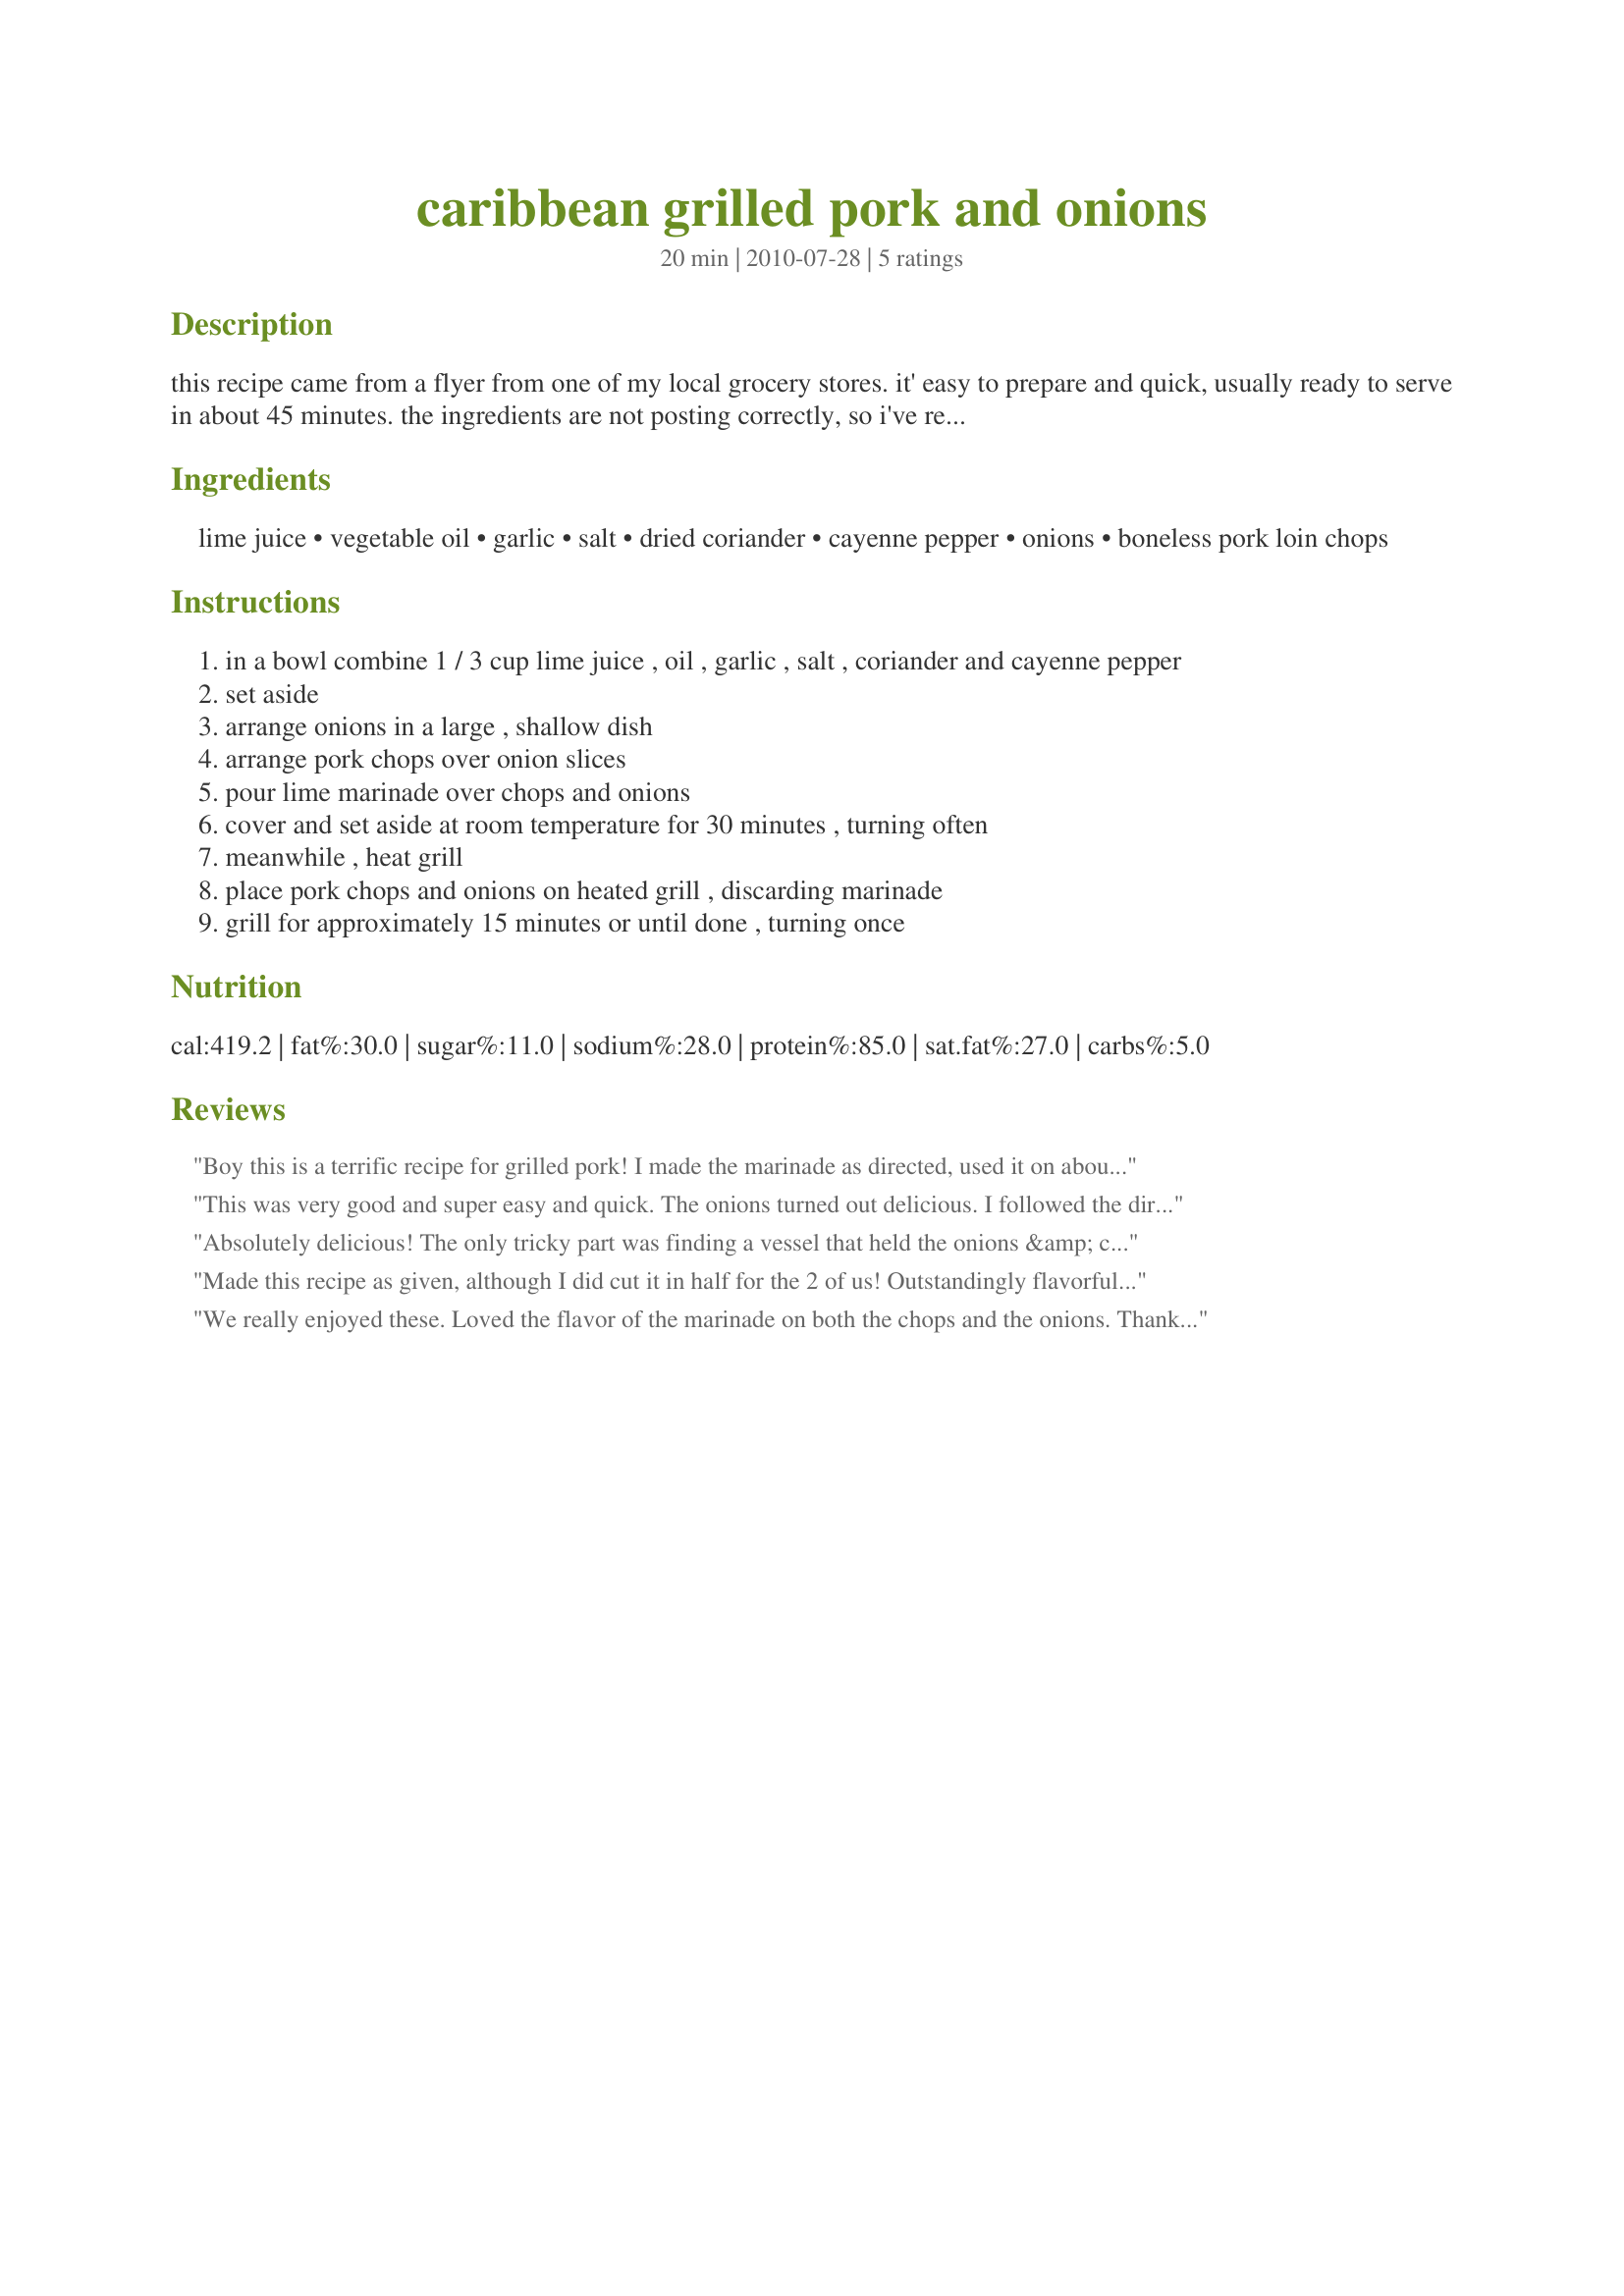
caribbean grilled pork and onions
Preparation time: 20 minutes

this recipe came from a flyer from one of my local grocery stores. it' easy to prepare and quick, usually ready to serve in about 45 minutes. the ingredients are not posting correctly, so i've repeated a few measurements in the instructions for clarification.

Ingredients:
lime juice, vegetable oil, garlic, salt, dried coriander, cayenne pepper, onions, boneless pork loin chops

Steps:
in a bowl combine 1 / 3 cup lime juice , oil , garlic , salt , coriander and cayenne pepper
set aside
arrange onions in a large , shallow dish
arrange pork chops over onion slices
pour lime marinade over chops and onions
cover and set aside at room temperature for 30 minutes , turning often
meanwhile , heat grill
place pork chops and onions on heated grill , discarding marinade
grill for approximately 15 minutes or until done , turning once

Reviews:
Boy this is a terrific recipe for grilled pork! I made the marinade as directed, used it on about 3/4" thick boneless chops, and marinated for about 45 minutes. This was not spicy at all; the cayenne added a wonderful flavor but not too much heat. Chops turned out juicy and delicious - thanks for sharing the recipe!
This was very good and super easy and quick. The onions turned out delicious. I followed the directions exactly. I thought the pork had good flavor, but was maybe a little bland. Next time I will make a second portion of the marinade and use it to make a glaze to drizzle on after cooking. I might also add a little more coriander and cayenne. Thanks for sharing!
Absolutely delicious! The only tricky part was finding a vessel that held the onions &amp; chops so that the marinade would cover. I managed. ;) I served this with recipe#393239 which went wonderfully. Made for ZWT9, Mike &amp; the Appliance Killers
Made this recipe as given, although I did cut it in half for the 2 of us! Outstandingly flavorful chops, these, & I look forward to having them & increasing the recipe when we have a neighborhood grilling bash in a couple of weeks! They should be a huge hit! Thanks for posting this wonderful recipe! [Tagged & made in Please Review My Recipe]
We really enjoyed these. Loved the flavor of the marinade on both the chops and the onions. Thanks NWG for sharing. Made for ZWT9.
